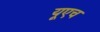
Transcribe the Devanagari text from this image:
यूएच